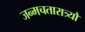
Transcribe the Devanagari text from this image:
जन्मचतारात्र्यौ